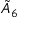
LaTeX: { \tilde { A } } _ { 6 }